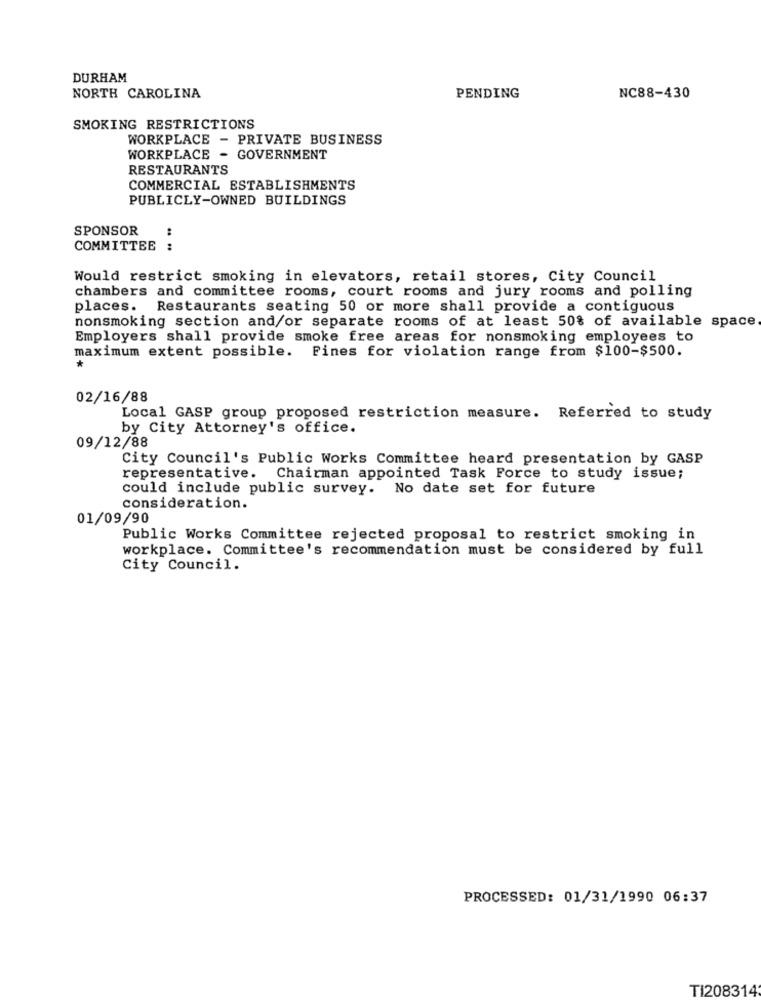
DURHAM
NORTH CAROLINA
PENDING
NC88-430
SMOKING RESTRICTIONS
WORKPLACE - PRIVATE BUSINESS
WORKPLACE - GOVERNMENT
RESTAURANTS
COMMERCIAL ESTABLISHMENTS
PUBLICLY-OWNED BUILDINGS
SPONSOR
COMMITTEE
....
Would restrict smoking in elevators, retail stores, City Council
chambers and committee rooms, court rooms and jury rooms and polling
places. Restaurants seating 50 or more shall provide a contiguous
nonsmoking section and/or separate rooms of at least 50% of available space
Employers shall provide smoke free areas for nonsmoking employees to
maximum extent possible. Fines for violation range from $100-$500.
02/16/88
Local GASP group proposed restriction measure. Referred to study
by City Attorney's office.
09/12/88
City Council's Public Works Committee heard presentation by GASP
representative. Chairman appointed Task Force to study issue;
could include public survey. No date set for future
consideration.
01/09/90
Public Works Committee rejected proposal to restrict smoking in
workplace. Committee's recommendation must be considered by full
City Council.
PROCESSED: 01/31/1990 06:37
TI208314